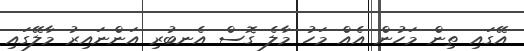
އޭގައި ތިން މަހުން އެއް މަހު މާލެ ގޮސް އެނބުރި އަންނައިރު މާލޭގައި